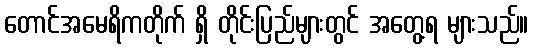
တောင်အမေရိကတိုက် ရှိ တိုင်းပြည်များတွင် အတွေ့ရ များသည်။